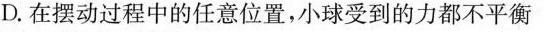
D.在摆动过程中的任意位置，小球受到的力都不平衡